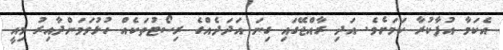
އެކަމާ އުފާކުރާ ކަމަށެވެ. އަދި ރާއްޖޭގައި ގިނަ އަދަދެއްގެ ރިސޯޓުތަކެއް ހުޅުވަމަންދާއިރު މިއީ